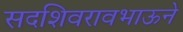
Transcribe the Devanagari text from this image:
सदशिवरावभाऊने